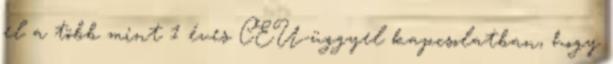
el a több mint 1 éves CEU-üggyel kapcsolatban, hogy